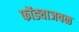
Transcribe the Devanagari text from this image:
फोंड्याजवळ